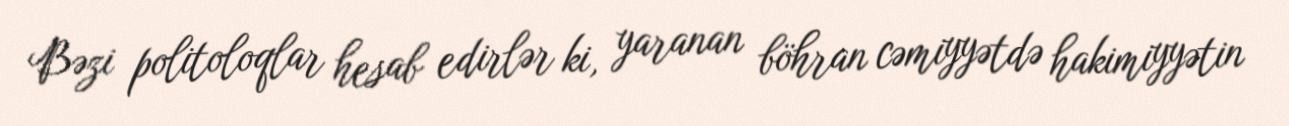
Bəzi politoloqlar hesab edirlər ki, yaranan böhran cəmiyyətdə hakimiyyətin